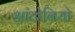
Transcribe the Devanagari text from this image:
आंटोनियो